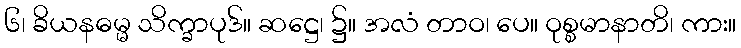
၆၊ ခိယနဓမ္မ သိက္ခာပုဒ်။ ဆဋ္ဌေ၊ ၌။ အလံ တာဝ၊ ပေ။ ဝုစ္စမာနာတိ၊ ကား။